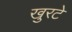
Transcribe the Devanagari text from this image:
खुरटे